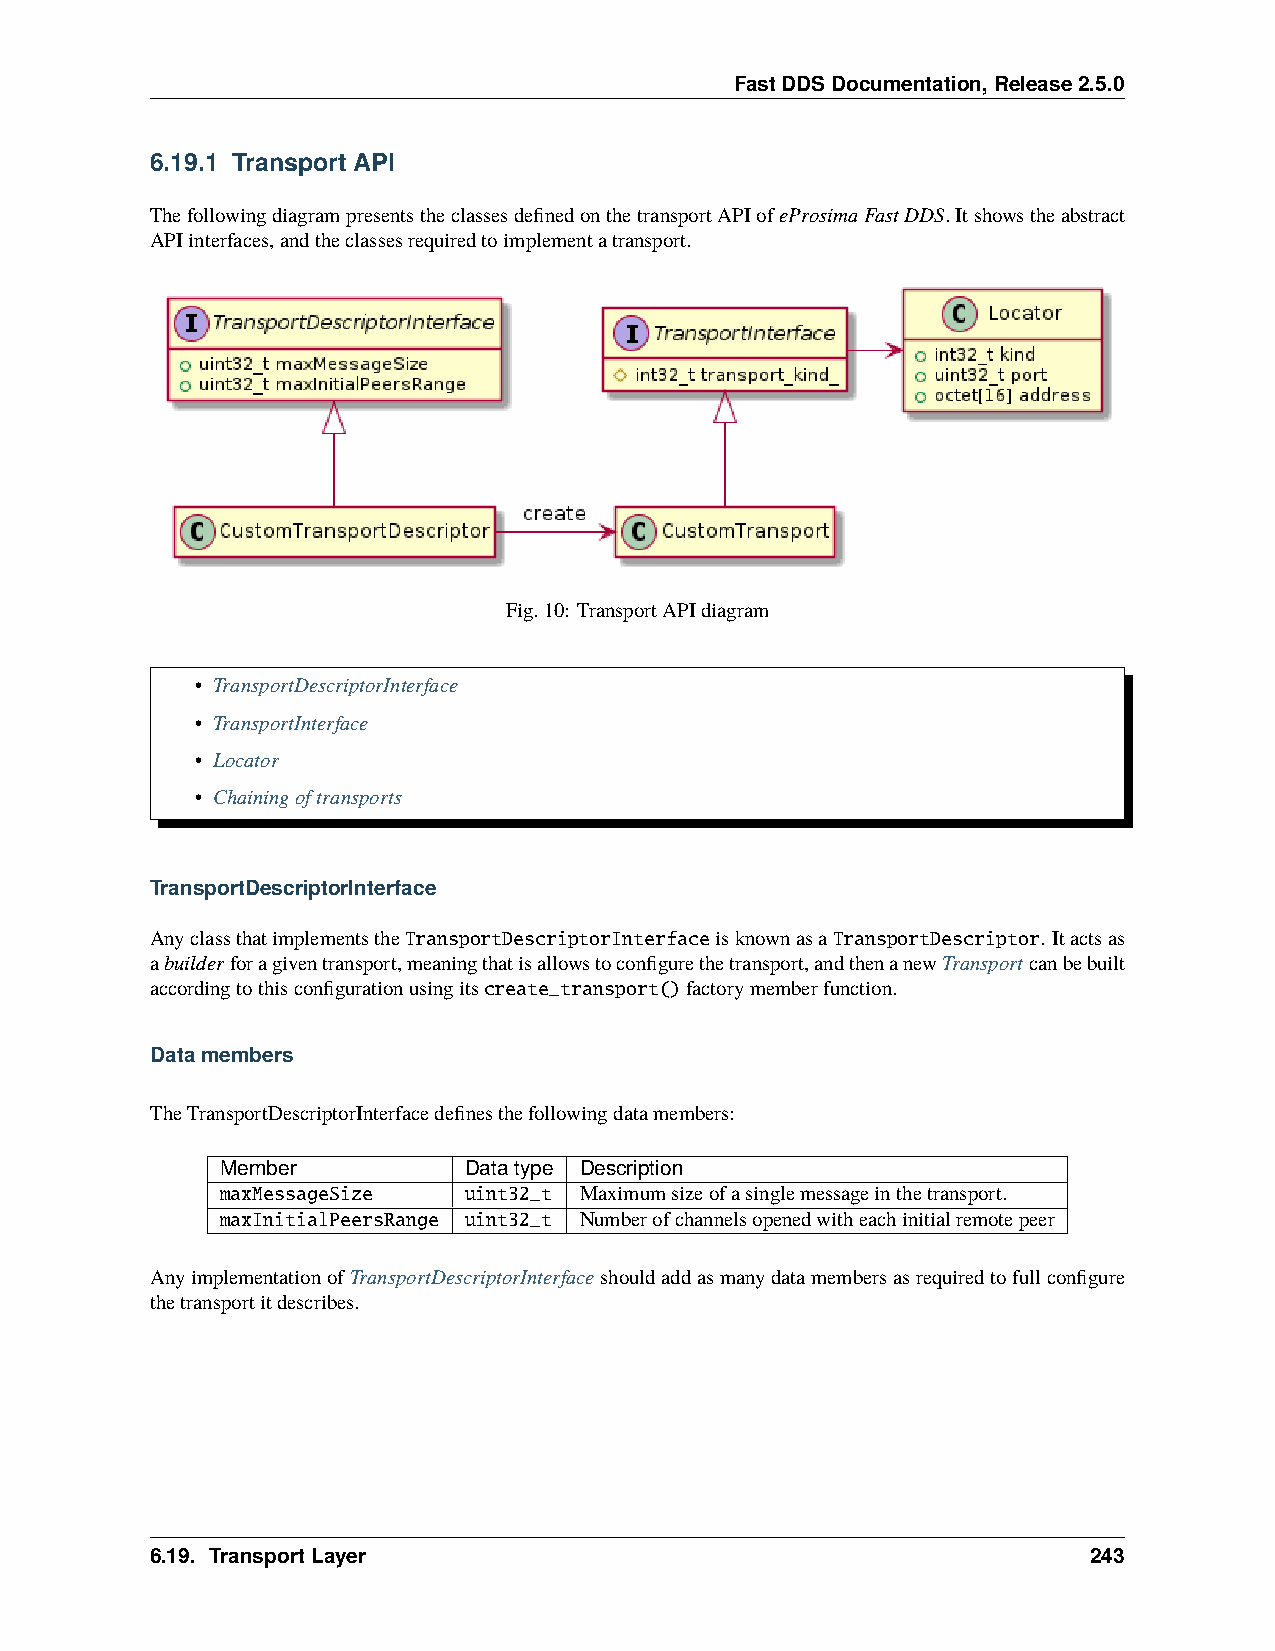
FastDDSDocumentation,Release2.5.0
 6.19.1 Transport API
 ThefollowingdiagrampresentstheclassesdefinedonthetransportAPIofeProsimaFastDDS.Itshowstheabstract
 APIinterfaces,andtheclassesrequiredtoimplementatransport.
 Fig.10: TransportAPIdiagram
 • TransportDescriptorInterface
 • TransportInterface
 • Locator
 • Chainingoftransports
 TransportDescriptorInterface
 AnyclassthatimplementstheTransportDescriptorInterfaceisknownasaTransportDescriptor. Itactsas
 abuilderforagiventransport,meaningthatisallowstoconfigurethetransport,andthenanewTransportcanbebuilt
 accordingtothisconfigurationusingitscreate_transport()factorymemberfunction.
 Datamembers
 TheTransportDescriptorInterfacedefinesthefollowingdatamembers:
 Member          Datatype Description
 maxMessageSize  uint32_t Maximumsizeofasinglemessageinthetransport.
 maxInitialPeersRange uint32_t Numberofchannelsopenedwitheachinitialremotepeer
 AnyimplementationofTransportDescriptorInterfaceshouldaddasmanydatamembersasrequiredtofullconfigure
 thetransportitdescribes.
 6.19. TransportLayer                                          243